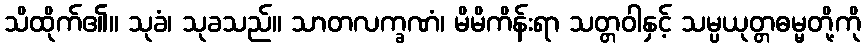
သိထိုက်၏။ သုခံ၊ သုခသည်။ သာတလက္ခဏံ၊ မိမိကိန်းရာ သတ္တဝါနှင့် သမ္ပယုတ္တဓမ္မတို့ကို